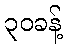
၃၀ခန့်